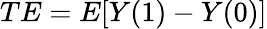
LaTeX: TE=E[Y(1)-Y(0)]